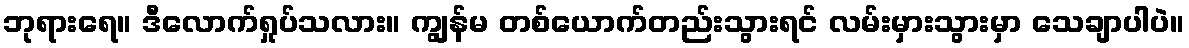
ဘုရားရေ။ ဒီလောက်ရှုပ်သလား။ ကျွန်မ တစ်ယောက်တည်းသွားရင် လမ်းမှားသွားမှာ သေချာပါပဲ။